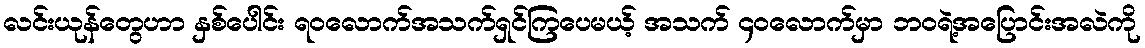
လင်းယုန်တွေဟာ နှစ်ပေါင်း ရဝလောက်အသက်ရှင်ကြပေမယ့် အသက် ၄၀လောက်မှာ ဘဝရဲ့အပြောင်းအလဲကို